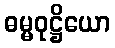
ဓမ္မဝုဋ္ဌိယော